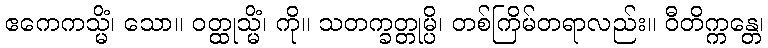
ဧကေကသ္မိံ၊ သော။ ဝတ္ထုသ္မိံ၊ ကို။ သတက္ခတ္တုမ္ပိ၊ တစ်ကြိမ်တရာလည်း။ ဝီတိက္ကန္တေ၊